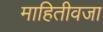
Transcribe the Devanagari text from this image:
माहितीवजा